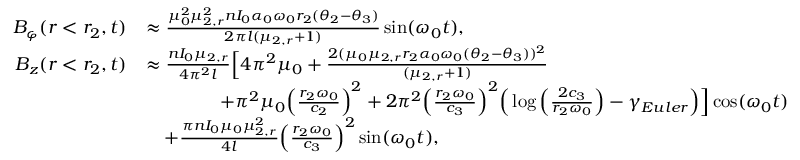
\begin{array} { r l } { B _ { \varphi } ( r < r _ { 2 } , t ) } & { \approx \frac { \mu _ { 0 } ^ { 2 } \mu _ { 2 , r } ^ { 2 } n I _ { 0 } \alpha _ { 0 } \omega _ { 0 } r _ { 2 } ( \theta _ { 2 } - \theta _ { 3 } ) } { 2 \pi l ( \mu _ { 2 , r } + 1 ) } \sin ( \omega _ { 0 } t ) , } \\ { B _ { z } ( r < r _ { 2 } , t ) } & { \approx \frac { n I _ { 0 } \mu _ { 2 , r } } { 4 \pi ^ { 2 } l } \Big [ 4 \pi ^ { 2 } \mu _ { 0 } + \frac { 2 ( \mu _ { 0 } \mu _ { 2 , r } r _ { 2 } \alpha _ { 0 } \omega _ { 0 } ( \theta _ { 2 } - \theta _ { 3 } ) ) ^ { 2 } } { ( \mu _ { 2 , r } + 1 ) } } \\ & { \qquad \qquad + \pi ^ { 2 } \mu _ { 0 } \Big ( \frac { r _ { 2 } \omega _ { 0 } } { c _ { 2 } } \Big ) ^ { 2 } + 2 \pi ^ { 2 } \Big ( \frac { r _ { 2 } \omega _ { 0 } } { c _ { 3 } } \Big ) ^ { 2 } \Big ( \log \Big ( \frac { 2 c _ { 3 } } { r _ { 2 } \omega _ { 0 } } \Big ) - \gamma _ { E u l e r } \Big ) \Big ] \cos ( \omega _ { 0 } t ) } \\ & { \quad + \frac { \pi n I _ { 0 } \mu _ { 0 } \mu _ { 2 , r } ^ { 2 } } { 4 l } \Big ( \frac { r _ { 2 } \omega _ { 0 } } { c _ { 3 } } \Big ) ^ { 2 } \sin ( \omega _ { 0 } t ) , } \end{array}